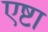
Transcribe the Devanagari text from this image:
एष्टा